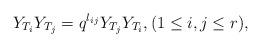
LaTeX: \begin{align*} Y_{T_i}Y_{T_j} = q^{\l_{ij}} Y_{T_j}Y_{T_i},(1\le i,j \le r),\end{align*}